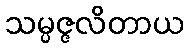
သမ္ပဇ္ဇလိတာယ